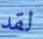
لقد